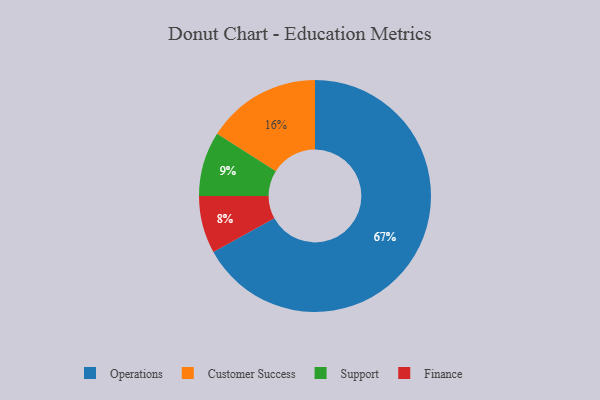
{"axis": {"x": "Category", "y": "Percentage"}, "legend": ["Customer Success", "Finance", "Operations", "Support"], "data": [{"x": "Support", "y": 9, "type": "Support"}, {"x": "Finance", "y": 8, "type": "Finance"}, {"x": "Operations", "y": 67, "type": "Operations"}, {"x": "Customer Success", "y": 16, "type": "Customer Success"}]}